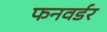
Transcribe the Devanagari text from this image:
फनवर्डर